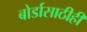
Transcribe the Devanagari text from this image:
बोर्डासाठीही